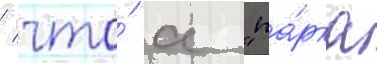
/ что́ с "па́рка